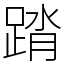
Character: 䠌